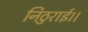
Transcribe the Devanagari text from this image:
निठुराई।।